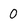
Character: 0